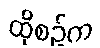
ထိုစဉ်က